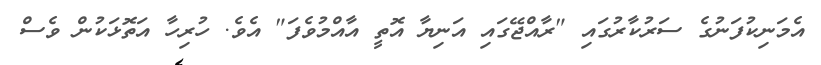
އެމަނިކުފަނުގެ ސަރުކާރުގައި "ރާއްޖޭގައި އަނިޔާ އޮތީ އާއްމުވެފަ" އެވެ. ހުރިހާ އަތޮޅަކުން ވެސް